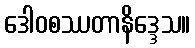
ဒေါဝစဿတာနိဒ္ဒေသ။